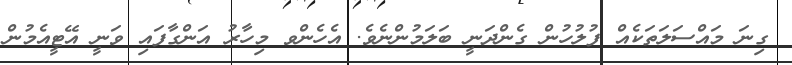
ގިނަ މައްސަލަތަކެއް ފުލުހުން ގެންދަނީ ބަލަމުންނެވެ. އެހެންވ މިހާރު އަންގާފައި ވަނީ އޭޓީއެމުން